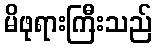
မိဖုရားကြီးသည်